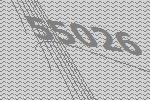
55026